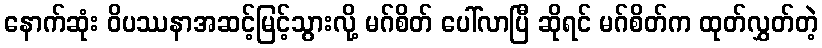
နောက်ဆုံး ဝိပဿနာအဆင့်မြင့်သွားလို့ မဂ်စိတ် ပေါ်လာပြီ ဆိုရင် မဂ်စိတ်က ထုတ်လွှတ်တဲ့